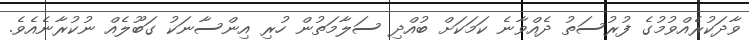
ވާދަކުރެއްވުމުގެ ފުރުސަތު ދެއްވާނެ ކަމަކަށް ބުއްދި ސަލާމަތުން ހުރި އިންސާނަކު ގަބޫލެއް ނުކުރާނެއެވެ.